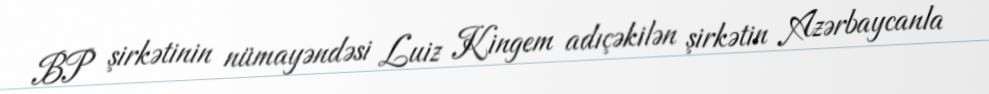
BP şirkətinin nümayəndəsi Luiz Kingem adıçəkilən şirkətin Azərbaycanla